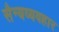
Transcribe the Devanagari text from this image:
सैन्यव्यवहार